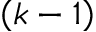
\left( k - 1 \right)